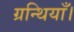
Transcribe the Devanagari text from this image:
ग्रन्थियाँ।